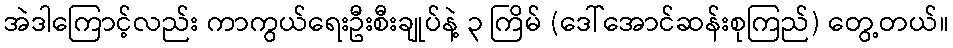
အဲဒါကြောင့်လည်း ကာကွယ်ရေးဦးစီးချုပ်နဲ့ ၃ ကြိမ် (ဒေါ်အောင်ဆန်းစုကြည်) တွေ့တယ်။